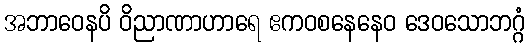
အဘာဝေနပိ ဝိညာဏာဟာရေ ဧကဝစနေနေဝ ဒေဝသောဘဂ္ဂံ